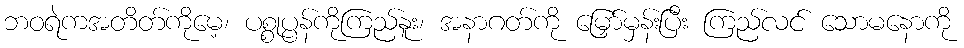
ဘဝရဲကအတိတ်ကိုမေ့၊ ပစ္စုပ္ပန်ကိုကြည်နူး၊ အနာဂတ်ကို မြှော်မှန်းပြီး ကြည်လင် သောမနောကို